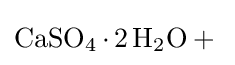
{\ce {CaSO4.2H2O +{}}}